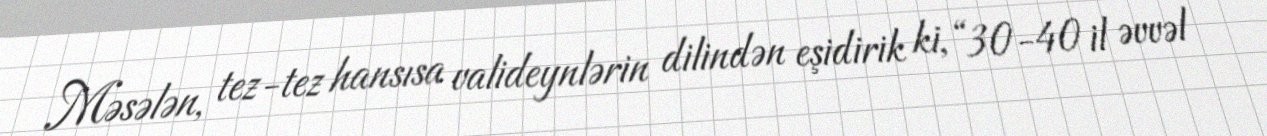
Məsələn, tez-tez hansısa valideynlərin dilindən eşidirik ki, “30-40 il əvvəl